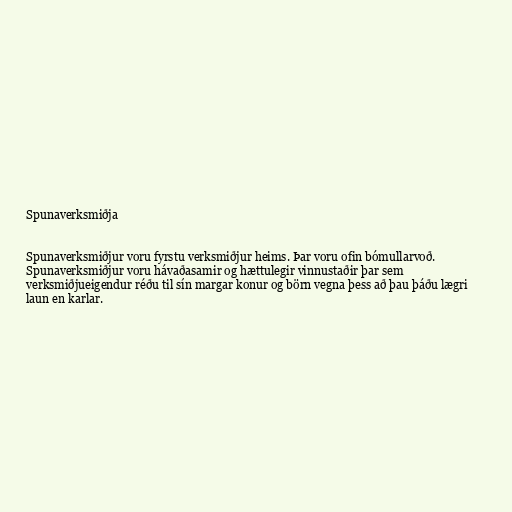
Spunaverksmiðja

Spunaverksmiðjur voru fyrstu verksmiðjur heims. Þar voru ofin bómullarvoð.
Spunaverksmiðjur voru hávaðasamir og hættulegir vinnustaðir þar sem
verksmiðjueigendur réðu til sín margar konur og börn vegna þess að þau þáðu lægri
laun en karlar.